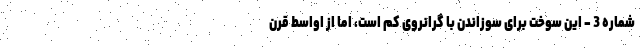
شماره 3 - این سوخت برای سوزاندن با گرانروی کم است، اما از اواسط قرن